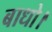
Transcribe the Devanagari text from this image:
बाधो।